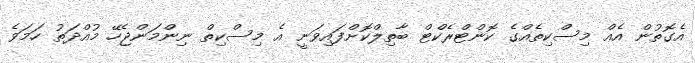
އެގޮތުން އެއް މިސްކިތެއްގެ ކޮންޓްރެކްޓް ބާތިލްކޮށްފައިވަނީ އެ މިސްކިތް ނިންމަންޖެހޭ މުއްދަތު ހަމަވެ